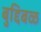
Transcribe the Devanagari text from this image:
बुद्दिबळ